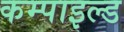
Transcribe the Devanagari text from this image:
कम्पाइल्ड